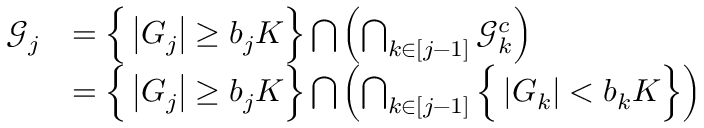
\begin{array} { r l } { \mathcal { G } _ { j } } & { = \Big \{ \left| G _ { j } \right| \geq b _ { j } K \Big \} \bigcap \left( \bigcap _ { k \in [ j - 1 ] } \mathcal { G } _ { k } ^ { c } \right) } \\ & { = \Big \{ \left| G _ { j } \right| \geq b _ { j } K \Big \} \bigcap \left( \bigcap _ { k \in [ j - 1 ] } \Big \{ \left| G _ { k } \right| < b _ { k } K \Big \} \right) } \end{array}